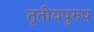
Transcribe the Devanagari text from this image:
तृतीयपुरुष